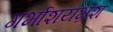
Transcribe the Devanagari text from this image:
गर्भाशयभ्रंश